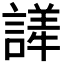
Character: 𬣂